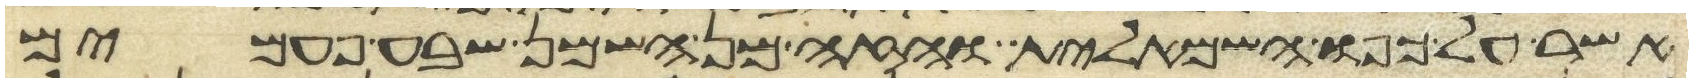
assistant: אשר על כפו השמאלית והזה מן השמן שבע פעמים